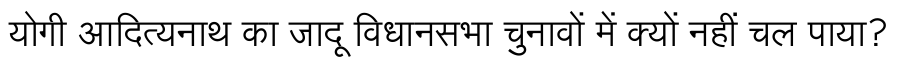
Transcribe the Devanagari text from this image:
योगी आदित्यनाथ का जादू विधानसभा चुनावों में क्यों नहीं चल पाया?